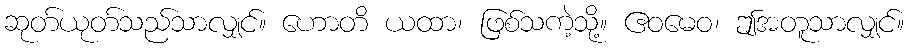
ဆုတ်ယုတ်သည်သာလျှင်။ ဟောတိ ယထာ၊ ဖြစ်သကဲ့သို့။ ဧဝမေဝ၊ ဤအတူသာလျှင်။